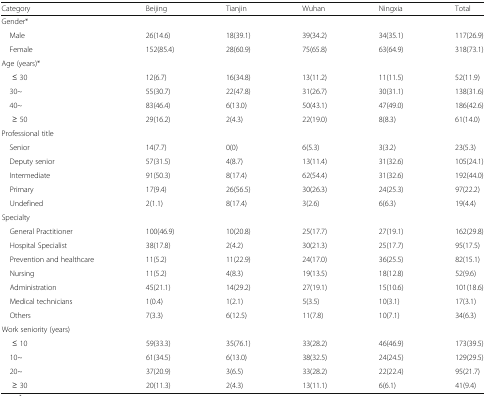
<table><thead><tr><td><b>Category</b></td><td><b>Beijing</b></td><td><b>Tianjin</b></td><td><b>Wuhan</b></td><td><b>Ningxia</b></td><td><b>Total</b></td></tr></thead><tbody><tr><td colspan="6">Gender*</td></tr><tr><td> Male</td><td>26(14.6)</td><td>18(39.1)</td><td>39(34.2)</td><td>34(35.1)</td><td>117(26.9)</td></tr><tr><td> Female</td><td>152(85.4)</td><td>28(60.9)</td><td>75(65.8)</td><td>63(64.9)</td><td>318(73.1)</td></tr><tr><td colspan="6">Age (years)*</td></tr><tr><td>≤ 30</td><td>12(6.7)</td><td>16(34.8)</td><td>13(11.2)</td><td>11(11.5)</td><td>52(11.9)</td></tr><tr><td> 30~</td><td>55(30.7)</td><td>22(47.8)</td><td>31(26.7)</td><td>30(31.1)</td><td>138(31.6)</td></tr><tr><td> 40~</td><td>83(46.4)</td><td>6(13.0)</td><td>50(43.1)</td><td>47(49.0)</td><td>186(42.6)</td></tr><tr><td>≥ 50</td><td>29(16.2)</td><td>2(4.3)</td><td>22(19.0)</td><td>8(8.3)</td><td>61(14.0)</td></tr><tr><td colspan="6">Professional title</td></tr><tr><td> Senior</td><td>14(7.7)</td><td>0(0)</td><td>6(5.3)</td><td>3(3.2)</td><td>23(5.3)</td></tr><tr><td> Deputy senior</td><td>57(31.5)</td><td>4(8.7)</td><td>13(11.4)</td><td>31(32.6)</td><td>105(24.1)</td></tr><tr><td> Intermediate</td><td>91(50.3)</td><td>8(17.4)</td><td>62(54.4)</td><td>31(32.6)</td><td>192(44.0)</td></tr><tr><td> Primary</td><td>17(9.4)</td><td>26(56.5)</td><td>30(26.3)</td><td>24(25.3)</td><td>97(22.2)</td></tr><tr><td> Undefined</td><td>2(1.1)</td><td>8(17.4)</td><td>3(2.6)</td><td>6(6.3)</td><td>19(4.4)</td></tr><tr><td colspan="6">Specialty</td></tr><tr><td> General Practitioner</td><td>100(46.9)</td><td>10(20.8)</td><td>25(17.7)</td><td>27(19.1)</td><td>162(29.8)</td></tr><tr><td> Hospital Specialist</td><td>38(17.8)</td><td>2(4.2)</td><td>30(21.3)</td><td>25(17.7)</td><td>95(17.5)</td></tr><tr><td> Prevention and healthcare</td><td>11(5.2)</td><td>11(22.9)</td><td>24(17.0)</td><td>36(25.5)</td><td>82(15.1)</td></tr><tr><td> Nursing</td><td>11(5.2)</td><td>4(8.3)</td><td>19(13.5)</td><td>18(12.8)</td><td>52(9.6)</td></tr><tr><td> Administration</td><td>45(21.1)</td><td>14(29.2)</td><td>27(19.1)</td><td>15(10.6)</td><td>101(18.6)</td></tr><tr><td> Medical technicians</td><td>1(0.4)</td><td>1(2.1)</td><td>5(3.5)</td><td>10(3.1)</td><td>17(3.1)</td></tr><tr><td> Others</td><td>7(3.3)</td><td>6(12.5)</td><td>11(7.8)</td><td>10(7.1)</td><td>34(6.3)</td></tr><tr><td colspan="6">Work seniority (years)</td></tr><tr><td>≤ 10</td><td>59(33.3)</td><td>35(76.1)</td><td>33(28.2)</td><td>46(46.9)</td><td>173(39.5)</td></tr><tr><td> 10~</td><td>61(34.5)</td><td>6(13.0)</td><td>38(32.5)</td><td>24(24.5)</td><td>129(29.5)</td></tr><tr><td> 20~</td><td>37(20.9)</td><td>3(6.5)</td><td>33(28.2)</td><td>22(22.4)</td><td>95(21.7)</td></tr><tr><td>≥ 30</td><td>20(11.3)</td><td>2(4.3)</td><td>13(11.1)</td><td>6(6.1)</td><td>41(9.4)</td></tr></tbody></table>